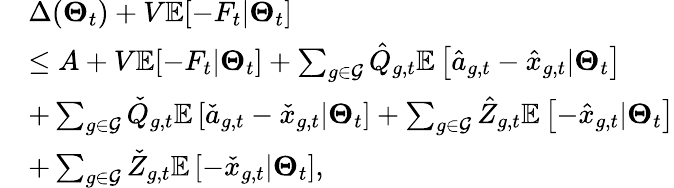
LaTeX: \begin{array}{rl}&{\Delta(\boldsymbol{\Theta}_{t})+V\mathbb{E}[-F_{t}|\boldsymbol{\Theta}_{t}]}\\ &{\leq A+V\mathbb{E}[-F_{t}|\boldsymbol{\Theta}_{t}]+\sum_{g\in{\mathcal{G}}}\hat{Q}_{g,t}\mathbb{E}\left[\hat{a}_{g,t}-\hat{x}_{g,t}|\boldsymbol{\Theta}_{t}\right]}\\ &{+\sum_{g\in{\mathcal{G}}}\check{Q}_{g,t}\mathbb{E}\left[\check{a}_{g,t}-\check{x}_{g,t}|\boldsymbol{\Theta}_{t}\right]+\sum_{g\in{\mathcal{G}}}\hat{Z}_{g,t}\mathbb{E}\left[-\hat{x}_{g,t}|\boldsymbol{\Theta}_{t}\right]}\\ &{+\sum_{g\in{\mathcal{G}}}\check{Z}_{g,t}\mathbb{E}\left[-\check{x}_{g,t}|\boldsymbol{\Theta}_{t}\right],}\end{array}